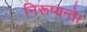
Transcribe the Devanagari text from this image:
निरूप्यन्ते।